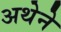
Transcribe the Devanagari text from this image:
अथेने